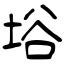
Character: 﨏